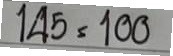
145 = 100